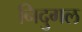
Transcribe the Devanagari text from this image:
निदुगल